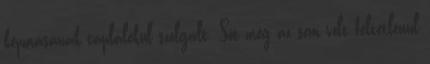
képmásának táplálékul szolgált. Sőt még az sem volt feltétlenül